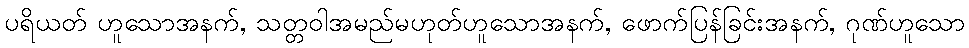
ပရိယတ် ဟူသောအနက်, သတ္တဝါအမည်မဟုတ်ဟူသောအနက်, ဖောက်ပြန်ခြင်းအနက်, ဂုဏ်ဟူသော